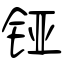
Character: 铔